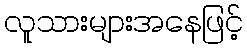
လူသားများအနေဖြင့်